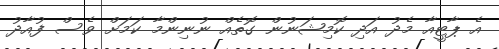
އެ ޕާޓީއާ މެދު އަދި ކޮމިޝަނުން ގޮތެއް ނުނިންމާ ކަމަށް ވެސް ފުއާދު